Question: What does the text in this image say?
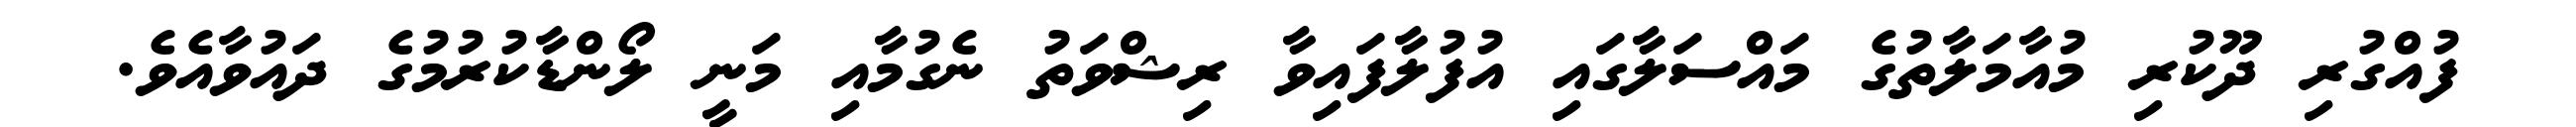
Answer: ފުއްގުރި ދޫކުރި މުއާމަލާތުގެ މައްސަލާގައި އުފުލާފައިވާ ރިޝްވަތު ނެގުމާއި މަނީ ލޯންޑާކުރުމުގެ ދައުވާއެވެ.